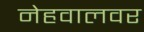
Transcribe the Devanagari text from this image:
नेहवालवर